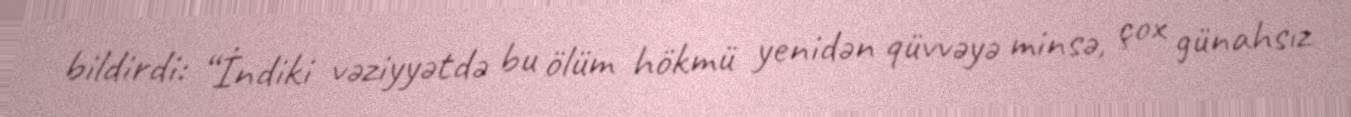
bildirdi: “İndiki vəziyyətdə bu ölüm hökmü yenidən qüvvəyə minsə, çox günahsız